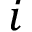
i